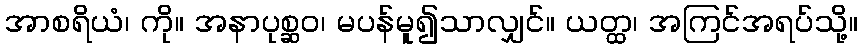
အာစရိယံ၊ ကို။ အနာပုစ္ဆဝ၊ မပန်မူ၍သာလျှင်။ ယတ္ထ၊ အကြင်အရပ်သို့။